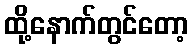
ထို့နောက်တွင်တော့